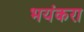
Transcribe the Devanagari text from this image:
भयंकरा